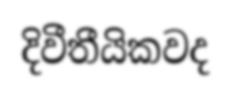
දිවීතීයිකවද